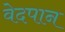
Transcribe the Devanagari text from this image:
वेदपान